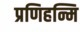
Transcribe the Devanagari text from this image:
प्रणिहन्मि